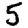
Digit: 5